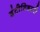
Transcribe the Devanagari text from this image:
इंटीमिडटरी